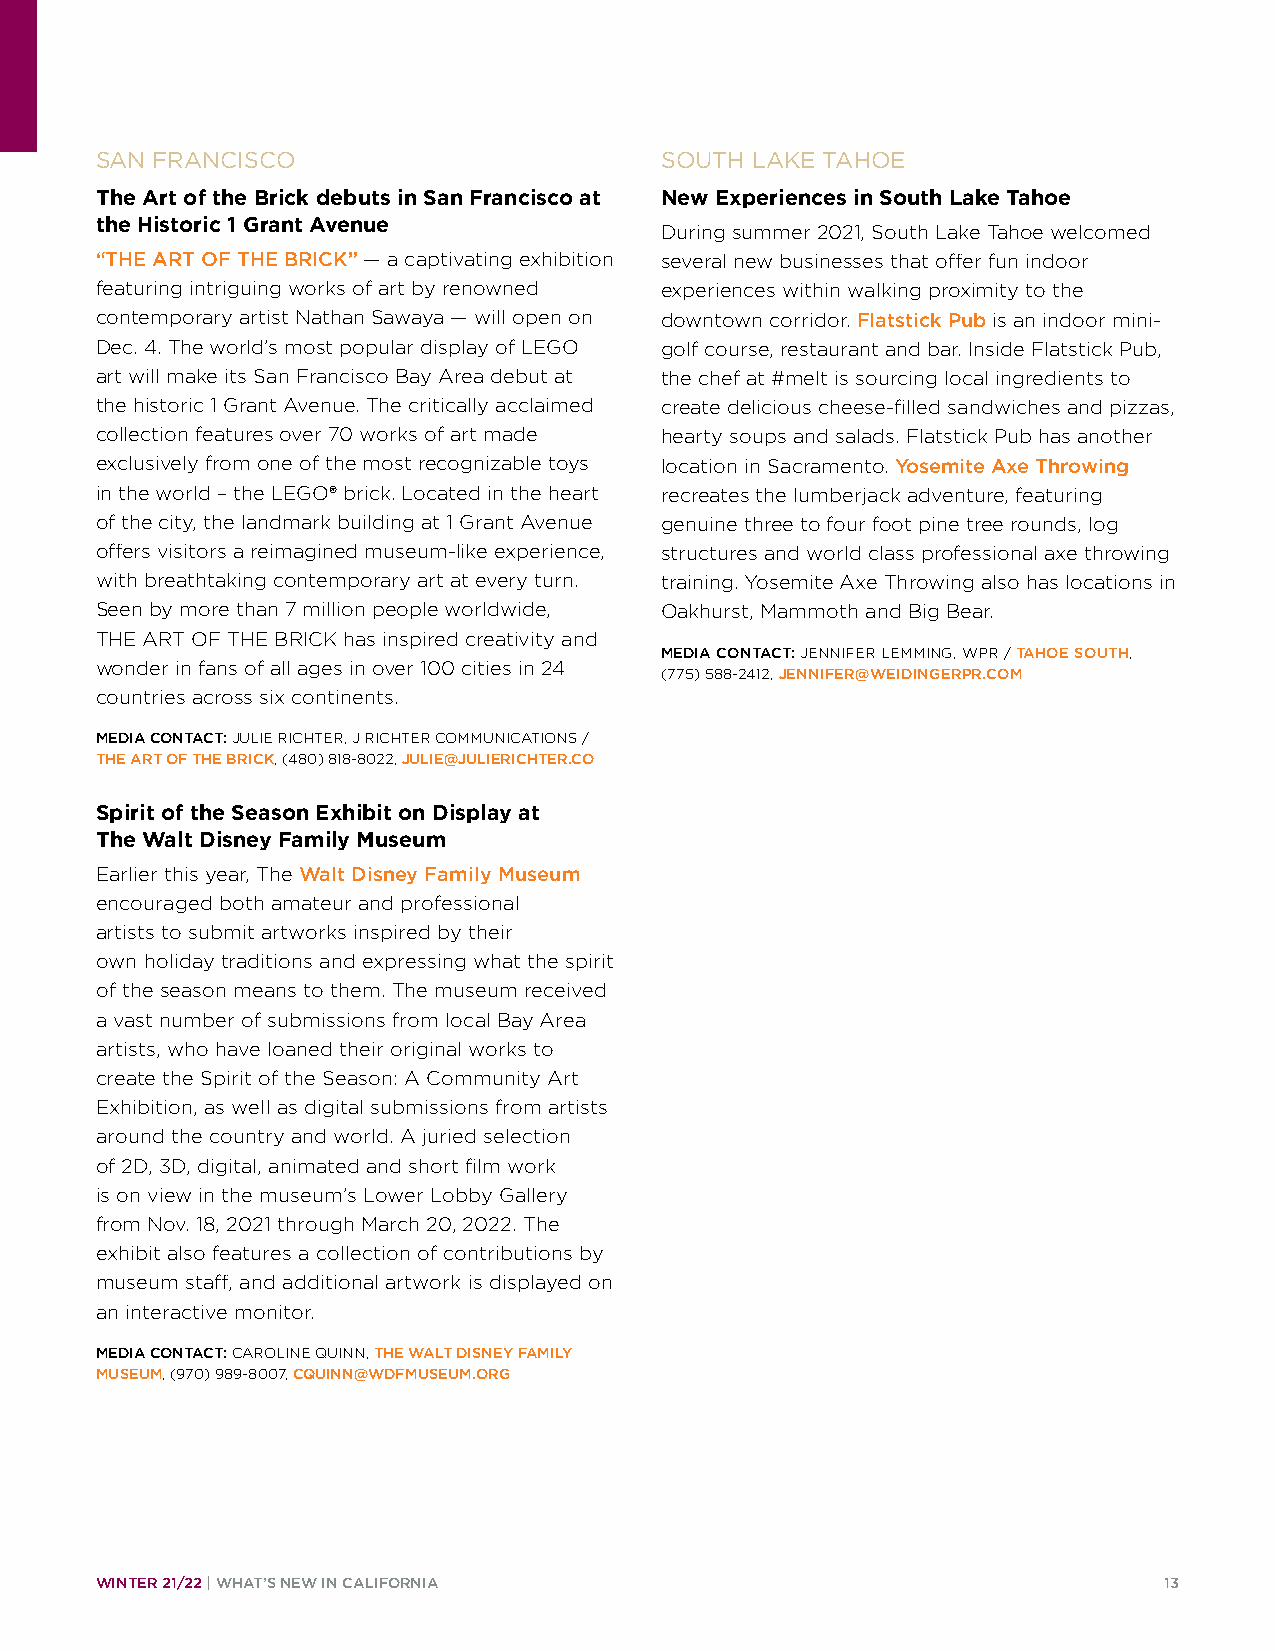
SAN FRANCISCO                         SOUTH LAKE TAHOE
 The Art of the Brick debuts in San Francisco at New Experiences in South Lake Tahoe
 the Historic 1 Grant Avenue
 During summer 2021, South Lake Tahoe welcomed
 “THE ART OF THE BRICK” — a captivating exhibition several new businesses that offer fun indoor
 featuring intriguing works of art by renowned experiences within walking proximity to the
 contemporary artist Nathan Sawaya — will open on downtown corridor. Flatstick Pub is an indoor mini-
 Dec. 4. The world’s most popular display of LEGO golf course, restaurant and bar. Inside Flatstick Pub,
 art will make its San Francisco Bay Area debut at the chef at #melt is sourcing local ingredients to
 the historic 1 Grant Avenue. The critically acclaimed create delicious cheese-filled sandwiches and pizzas,
 collection features over 70 works of art made hearty soups and salads. Flatstick Pub has another
 exclusively from one of the most recognizable toys location in Sacramento. Yosemite Axe Throwing
 in the world – the LEGO® brick. Located in the heart recreates the lumberjack adventure, featuring
 of the city, the landmark building at 1 Grant Avenue genuine three to four foot pine tree rounds, log
 offers visitors a reimagined museum-like experience, structures and world class professional axe throwing
 with breathtaking contemporary art at every turn. training. Yosemite Axe Throwing also has locations in
 Seen by more than 7 million people worldwide, Oakhurst, Mammoth and Big Bear.
 THE ART OF THE BRICK has inspired creativity and
 MEDIA CONTACT: JENNIFER LEMMING, WPR / TAHOE SOUTH,
 wonder in fans of all ages in over 100 cities in 24
 (775) 588-2412, JENNIFER@WEIDINGERPR.COM
 countries across six continents.
 MEDIA CONTACT: JULIE RICHTER, J RICHTER COMMUNICATIONS /
 THE ART OF THE BRICK, (480) 818-8022, JULIE@JULIERICHTER.CO
 Spirit of the Season Exhibit on Display at
 The Walt Disney Family Museum
 Earlier this year, The Walt Disney Family Museum
 encouraged both amateur and professional
 artists to submit artworks inspired by their
 own holiday traditions and expressing what the spirit
 of the season means to them. The museum received
 a vast number of submissions from local Bay Area
 artists, who have loaned their original works to
 create the Spirit of the Season: A Community Art
 Exhibition, as well as digital submissions from artists
 around the country and world. A juried selection
 of 2D, 3D, digital, animated and short film work
 is on view in the museum’s Lower Lobby Gallery
 from Nov. 18, 2021 through March 20, 2022. The
 exhibit also features a collection of contributions by
 museum staff, and additional artwork is displayed on
 an interactive monitor.
 MEDIA CONTACT: CAROLINE QUINN, THE WALT DISNEY FAMILY
 MUSEUM, (970) 989-8007, CQUINN@WDFMUSEUM.ORG
 WINTER 21/22 | WHAT’S NEW IN CALIFORNIA                                13